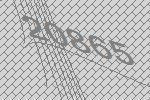
20865